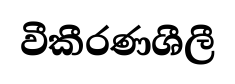
වීකීරණශීලී